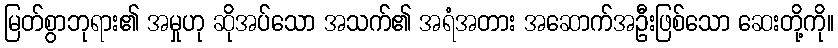
မြတ်စွာဘုရား၏ အမှုဟု ဆိုအပ်သော အသက်၏ အရံအတား အဆောက်အဦးဖြစ်သော ဆေးတို့ကို။